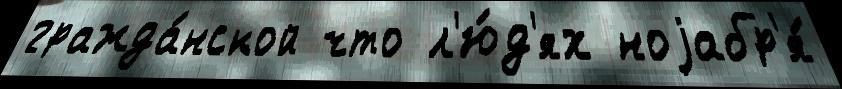
гражда́нской что л'ю́д'ях ноjабр'я́